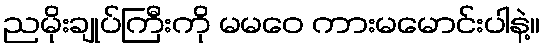
ညမိုးချုပ်ကြီးကို မမဝေ ကားမမောင်းပါနဲ့။